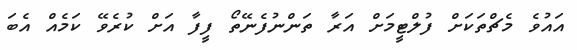
އައުވެ މެޗްތަކަށް ފުލްޓީމަށް އަރާ ތަންނުފެނޭތޯ ފީފާ އަށް ކުރެވޭ ކަމެއް އެބަ